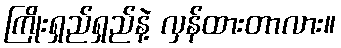
ကြိုးရှည်ရှည်နဲ့ လှန်ထားတာလား။